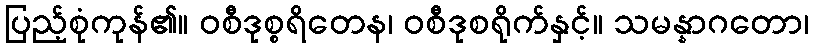
ပြည့်စုံကုန်၏။ ဝစီဒုစ္စရိတေန၊ ဝစီဒုစရိုက်နှင့်။ သမန္နာဂတော၊